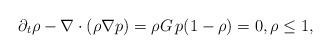
LaTeX: \begin{align*}\partial_t \rho-\nabla \cdot(\rho\nabla p)=\rho G\, p(1-\rho)=0, \rho \leq 1,\end{align*}